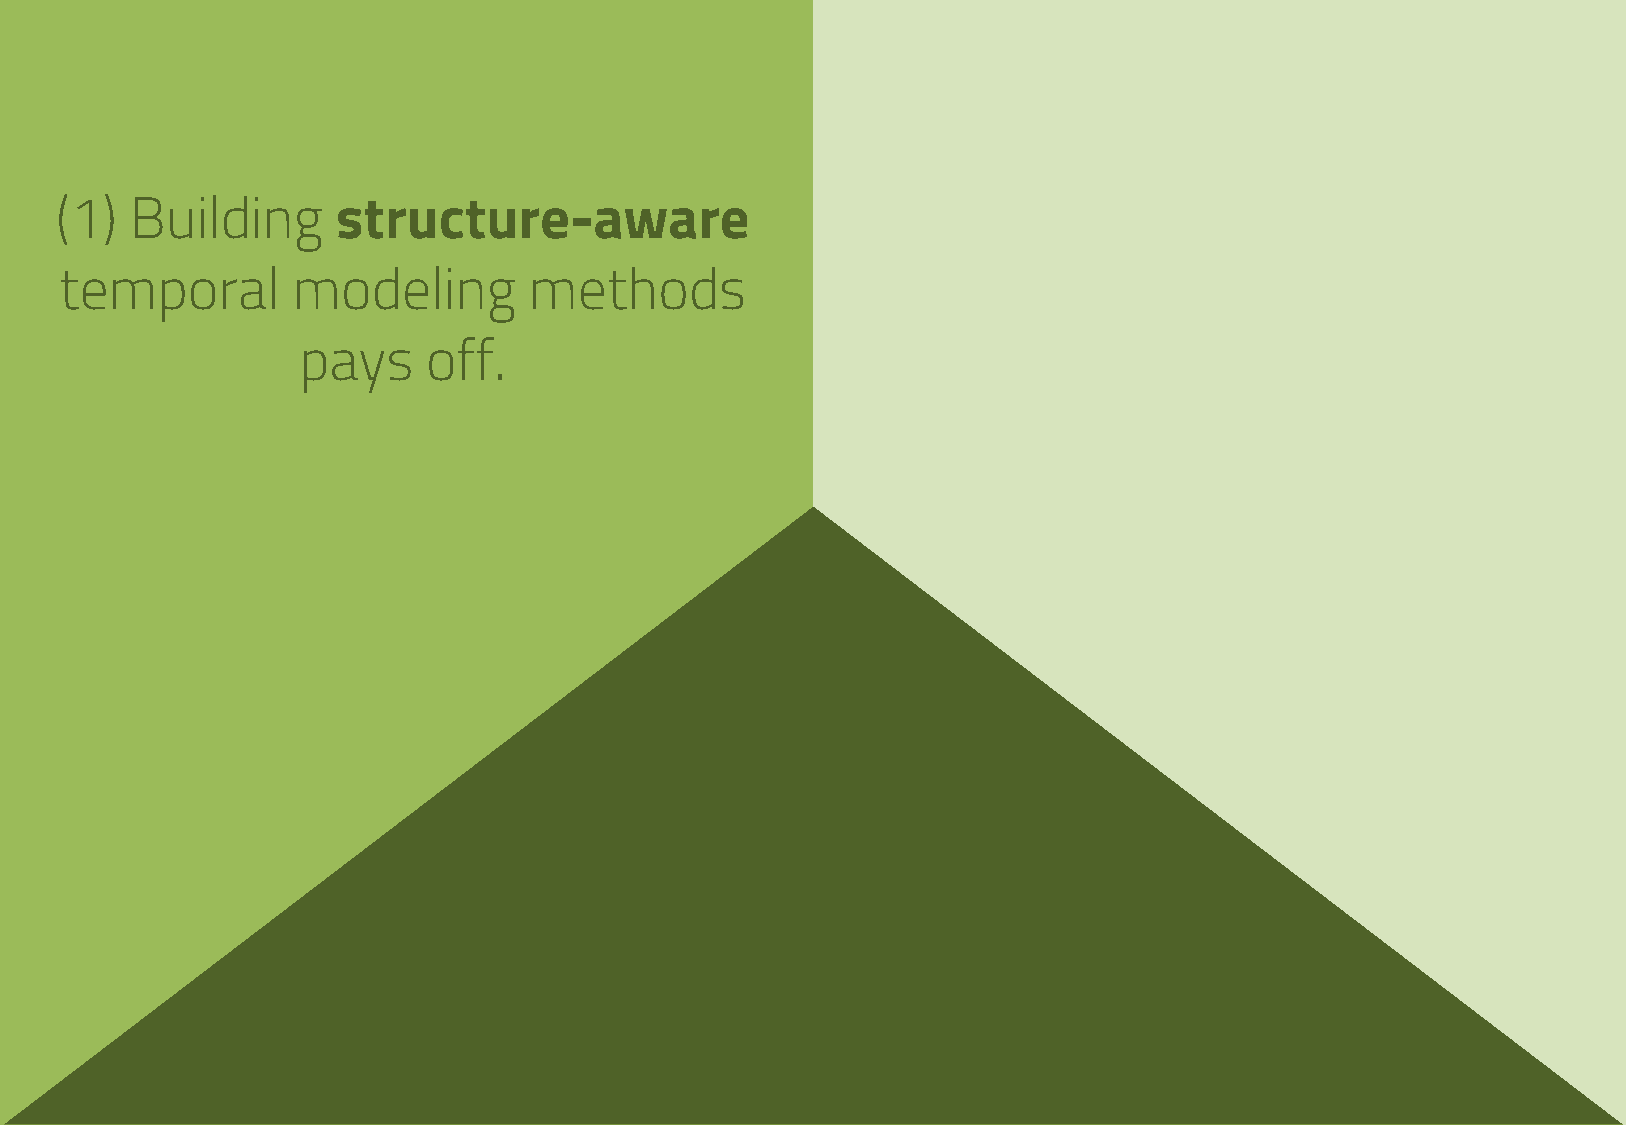
(1)  Building     structure-aware
 temporal       modeling        methods
 pays    off.